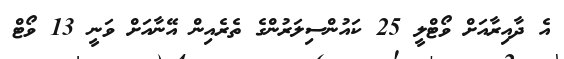
އެ ދާއިރާއަށް ވޯޓްލީ 25 ކައުންސިލަރުންގެ ތެރެއިން އޭނާއަށް ވަނީ 13 ވޯޓް